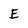
Character: E